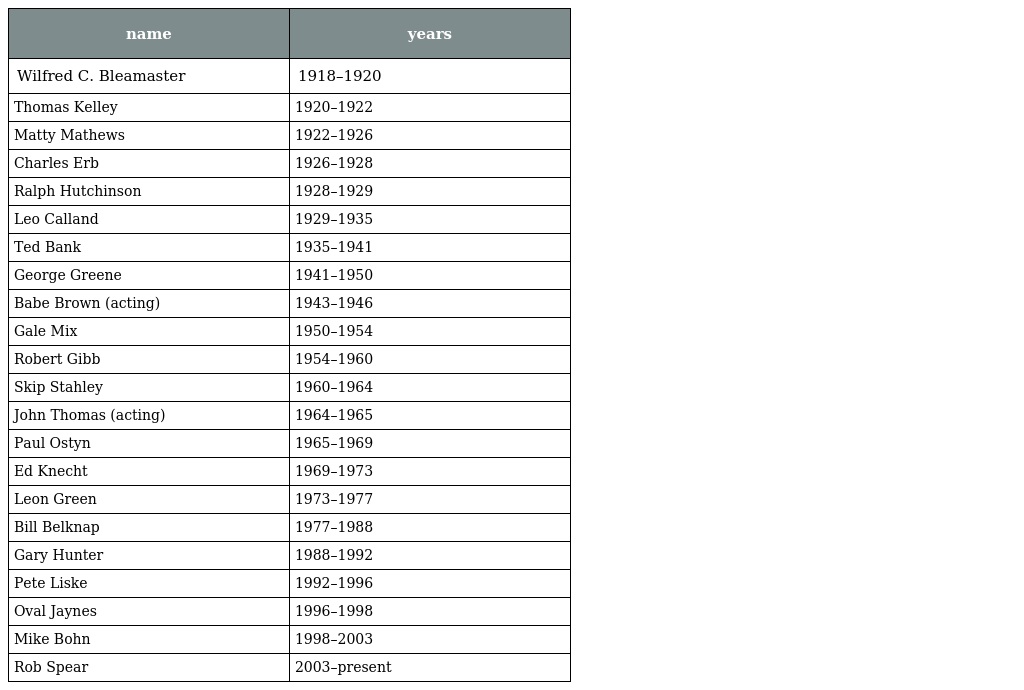
| name | years |
 | --- | --- |
 | Wilfred C. Bleamaster | 1918–1920 |
 | Thomas Kelley | 1920–1922 |
 | Matty Mathews | 1922–1926 |
 | Charles Erb | 1926–1928 |
 | Ralph Hutchinson | 1928–1929 |
 | Leo Calland | 1929–1935 |
 | Ted Bank | 1935–1941 |
 | George Greene | 1941–1950 |
 | Babe Brown (acting) | 1943–1946 |
 | Gale Mix | 1950–1954 |
 | Robert Gibb | 1954–1960 |
 | Skip Stahley | 1960–1964 |
 | John Thomas (acting) | 1964–1965 |
 | Paul Ostyn | 1965–1969 |
 | Ed Knecht | 1969–1973 |
 | Leon Green | 1973–1977 |
 | Bill Belknap | 1977–1988 |
 | Gary Hunter | 1988–1992 |
 | Pete Liske | 1992–1996 |
 | Oval Jaynes | 1996–1998 |
 | Mike Bohn | 1998–2003 |
 | Rob Spear | 2003–present |